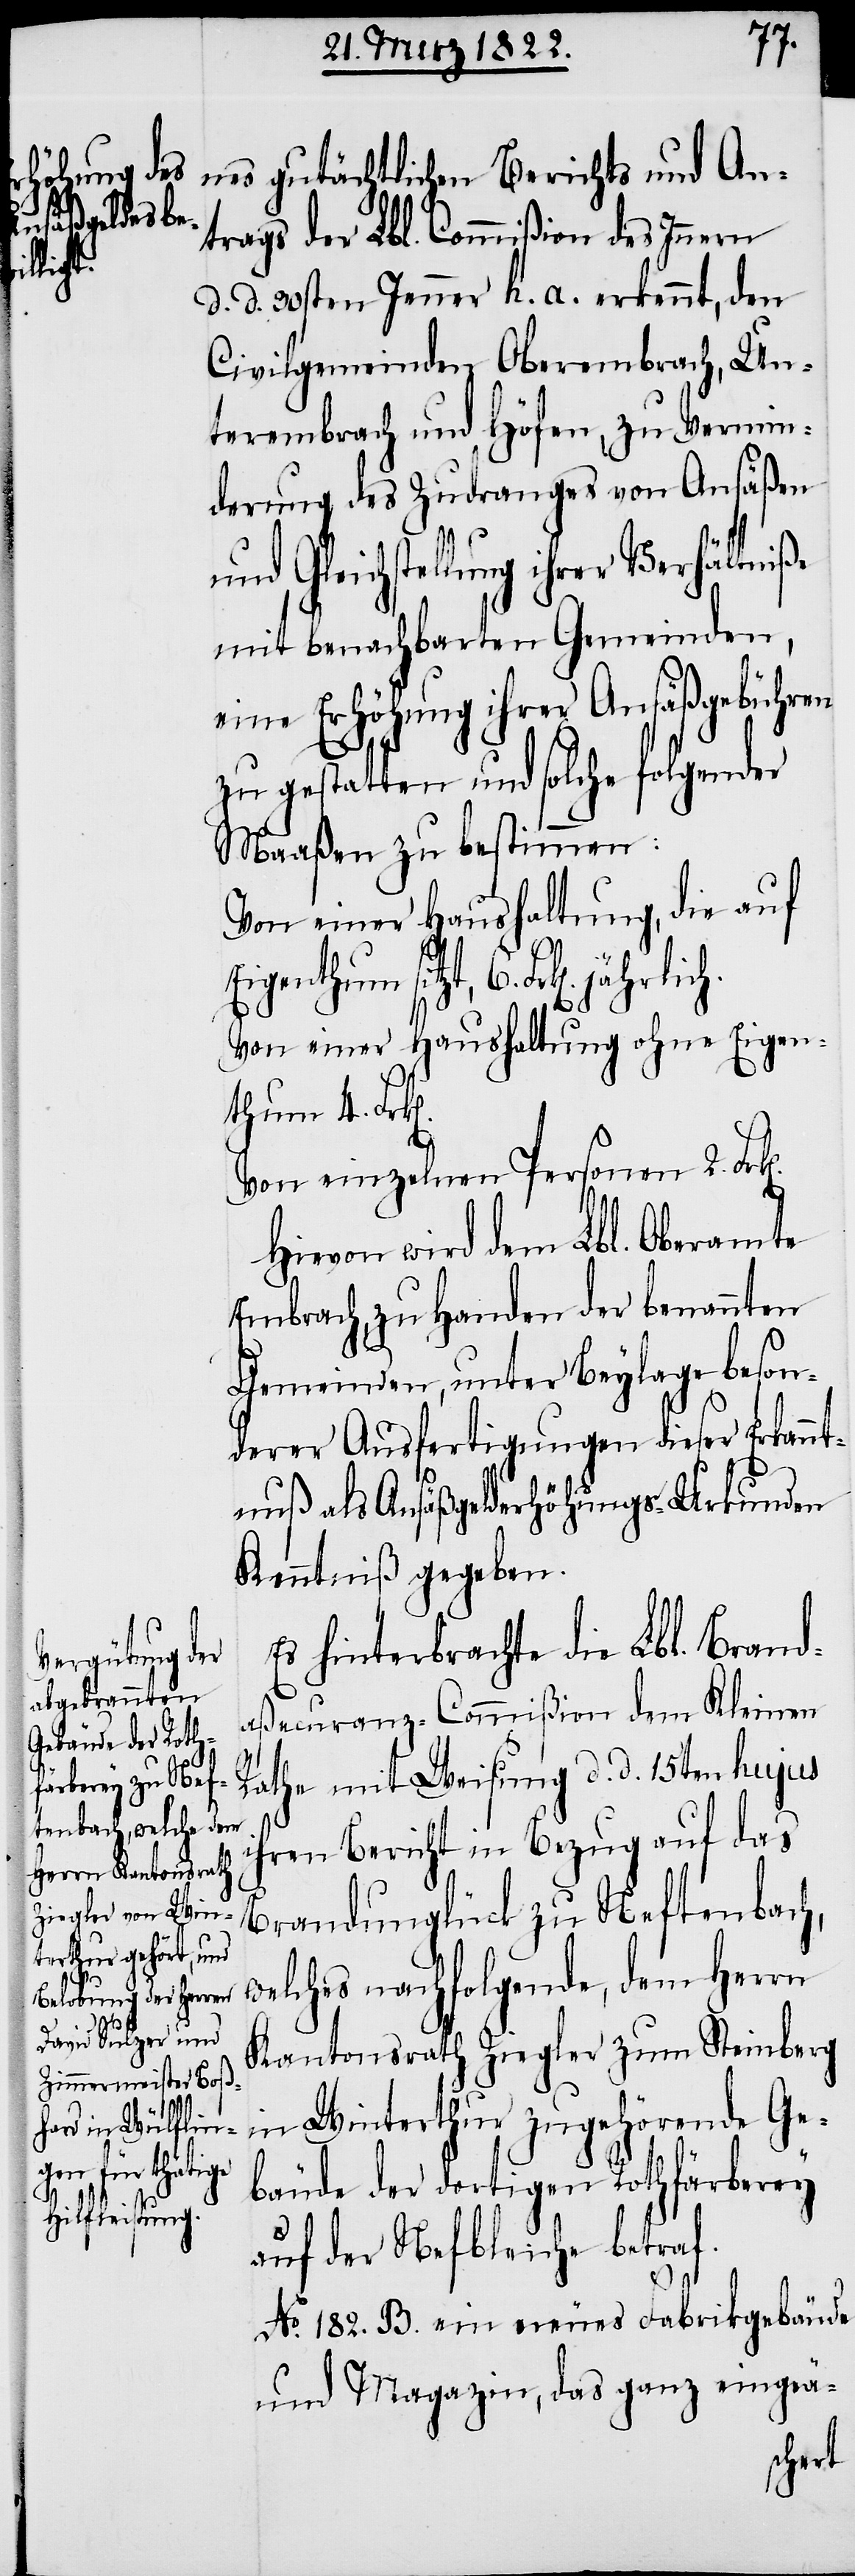
n].
gutächtlichen Berichts und An¬
trags der Lbl. Commißion des Innern
d. d. 30sten Jenner h. a. erkennt, den
Civilgemeinden Oberembrach, Un¬
terembrach und Höfen, zu Vermin¬
derung des Zudranges von Ansäßen
und Gleichstellung ihrer Verhältniße
mit benachbarten Gemeinden,
eine Erhöhung ihrer Ansäßgebühren
zu gestatten, und solche folgender
Maaßen zu bestimmen:
Von einer Haushaltung, die auf
Eigenthum sitzt, 6. Frk[en].
Von einer Haushaltung ohne Eigen¬
thum 4. Frk[e¬
Von einzelnen Personen 2.
Hievon wird dem Lbl. Oberamte
Embrach, zu Handen der benannten
Gemeinden, unter Beylage beson¬
derer Ausfertigungen dieser Erkannt¬
nuß als Ansäßgelderhöhungs-Urkunden
Kenntniß gegeben.
Es hinterbrachte die Lbl. Brand¬
aßecuranz-Commißion dem Kleinen
Rathe mit Weisung d. d. 15ten hujus
ihren Bericht in Bezug auf das
Brandunglück zu Neftenbach,
welches nachfolgende, dem Herrn
Kantonsrath Ziegler zum Steinberg
in Winterthur zugehörende Ge¬
bäude der dortigen Rothfärberey
auf der Nefbleiche betraf.
No. 182. B. ein neues Fabrikgebäude
und Magazin, das ganz eingeä-